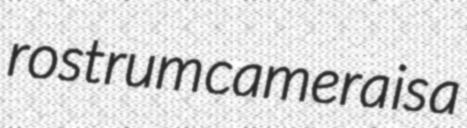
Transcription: rostrum camera is a